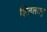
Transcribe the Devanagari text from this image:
शितलतनु